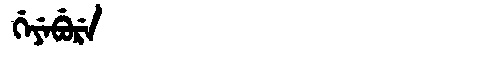
Manchu: ᡤᡝᠶᡝᠪᡠᡵᡝ
Romanization: GEYEBURE